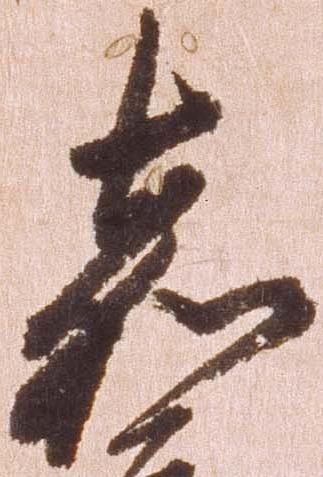
嘉